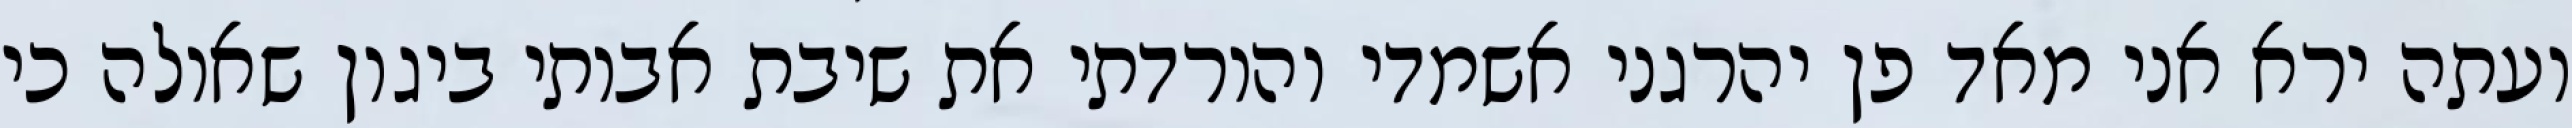
ועתה ירא אני מאד פן יהרגני אשמדי והורדתי את שיבת אבותי ביגון שאולה כי